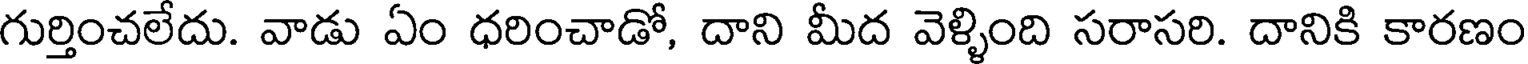
గుర్తించలేదు. వాడు ఏం ధరించాడో, దాని మీద వెళ్ళింది సరాసరి. దానికి కారణం